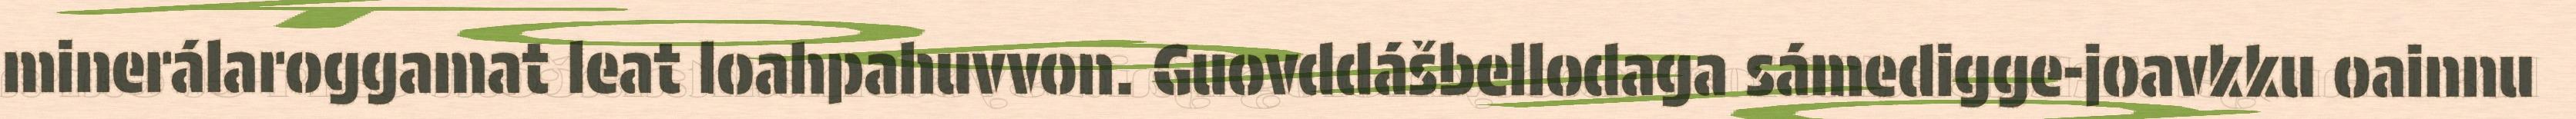
minerálaroggamat leat loahpahuvvon. Guovddášbellodaga sámedigge-joavkku oainnu